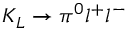
K _ { L } \rightarrow \pi ^ { 0 } l ^ { + } l ^ { - }